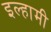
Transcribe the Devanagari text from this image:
इल्हामी